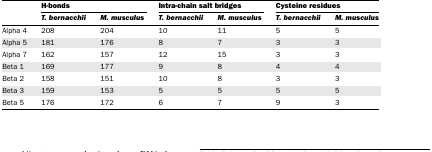
<table><thead><tr><td></td><td colspan="2"><b>H-bonds</b></td><td colspan="2"><b>Intra-chain salt bridges</b></td><td colspan="2"><b>Cysteine residues</b></td></tr><tr><td></td><td><b><i>T. bernacchii</i></b></td><td><b><i>M. musculus</i></b></td><td><b><i>T. bernacchii</i></b></td><td><b><i>M. musculus</i></b></td><td><b><i>T. bernacchii</i></b></td><td><b><i>M. musculus</i></b></td></tr></thead><tbody><tr><td>Alpha 4</td><td>208</td><td>204</td><td>10</td><td>11</td><td>5</td><td>5</td></tr><tr><td>Alpha 5</td><td>181</td><td>176</td><td>8</td><td>7</td><td>3</td><td>3</td></tr><tr><td>Alpha 7</td><td>162</td><td>157</td><td>12</td><td>15</td><td>3</td><td>3</td></tr><tr><td>Beta 1</td><td>169</td><td>177</td><td>9</td><td>8</td><td>4</td><td>4</td></tr><tr><td>Beta 2</td><td>158</td><td>151</td><td>10</td><td>8</td><td>3</td><td>3</td></tr><tr><td>Beta 3</td><td>159</td><td>153</td><td>5</td><td>5</td><td>5</td><td>5</td></tr><tr><td>Beta 5</td><td>176</td><td>172</td><td>6</td><td>7</td><td>9</td><td>3</td></tr></tbody></table>